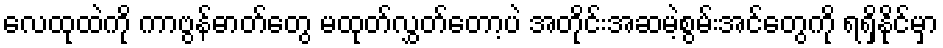
လေထုထဲကို ကာဗွန်ဓာတ်တွေ မထုတ်လွှတ်တော့ပဲ အတိုင်းအဆမဲ့စွမ်းအင်တွေကို ရရှိနိုင်မှာ